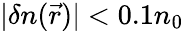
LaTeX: |\delta n(\vec{r})|<0.1n_{0}